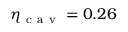
\eta _ { \mathrm { ~ c ~ a ~ v ~ } } = 0 . 2 6